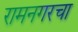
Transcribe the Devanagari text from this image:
रामनगरचा